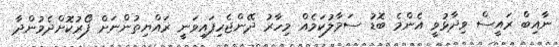
ނާއިބް ރައީސް ވިދާޅުވީ އެންމެ ބޮޑު ސަމާލުކަމެއް މިހާރު ދޭންޖެހިފައިވަނީ ރައްޔިތުންނަށް ފޯރުކޮށްދެމުންދާ